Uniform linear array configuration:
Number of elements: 8
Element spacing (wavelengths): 0.5
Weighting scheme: exponential
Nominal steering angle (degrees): -60
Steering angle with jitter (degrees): -58.54
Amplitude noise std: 0.05
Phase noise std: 0.05

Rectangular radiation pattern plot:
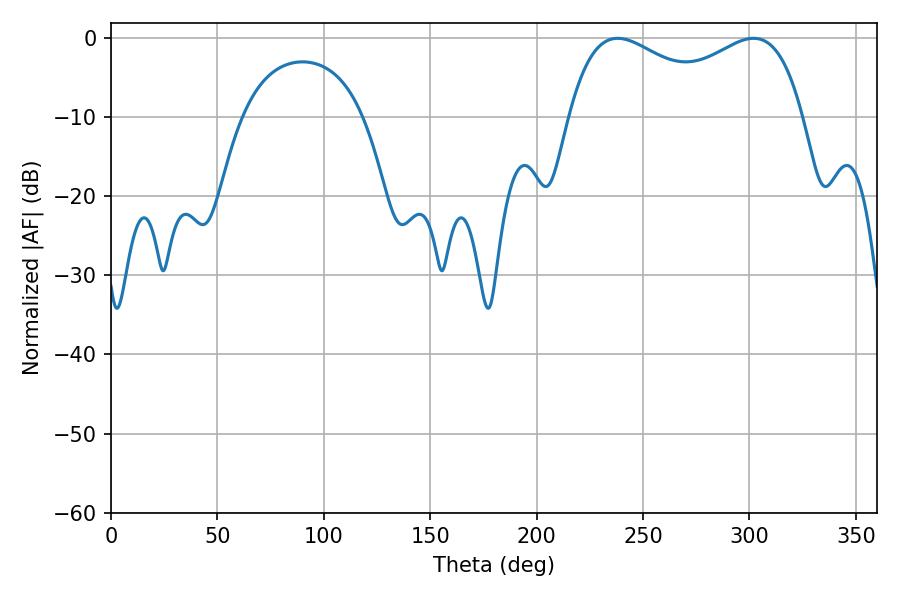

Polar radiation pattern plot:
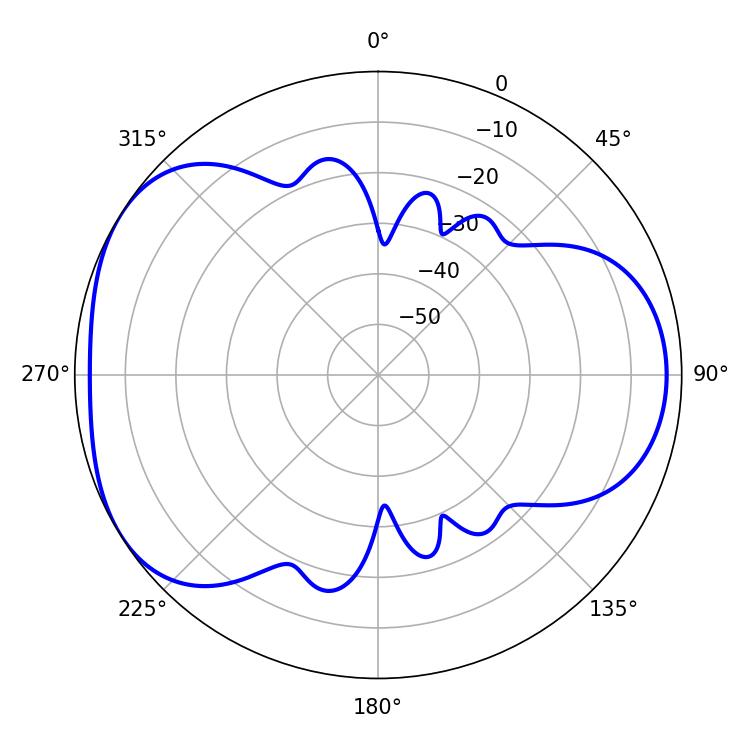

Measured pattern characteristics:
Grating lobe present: FALSE
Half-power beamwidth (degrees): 91.8
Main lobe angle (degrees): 238.14